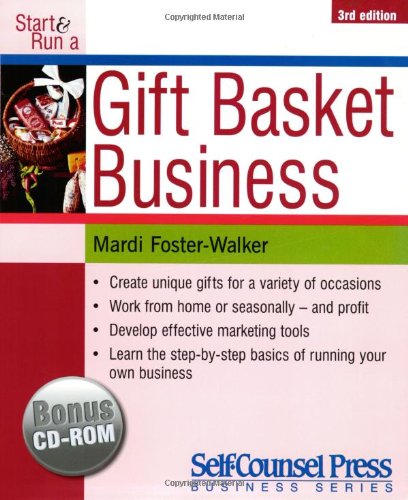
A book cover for Start & Run a Gift Basket Business; Mardi Foster-Walker; Crafts, Hobbies & Home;